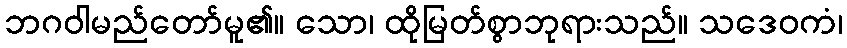
ဘဂဝါမည်တော်မူ၏။ သော၊ ထိုမြတ်စွာဘုရားသည်။ သဒေဝကံ၊